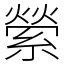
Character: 縈